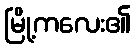
မြို့ကလေး၏